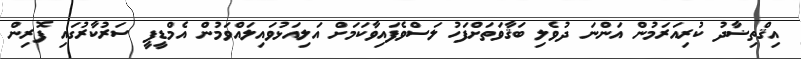
އިޤްތިޟާދު ކުރިއަރަމުން އަންނަ ދުވެލި ބަޤާވަތަށްފަހު ލަސްވެފައިވާކަމަށް އަލިއަޅުވައިލައްވަމުން އެމްޑީޕީ ސަރުކާރުގައި ފޮރިން